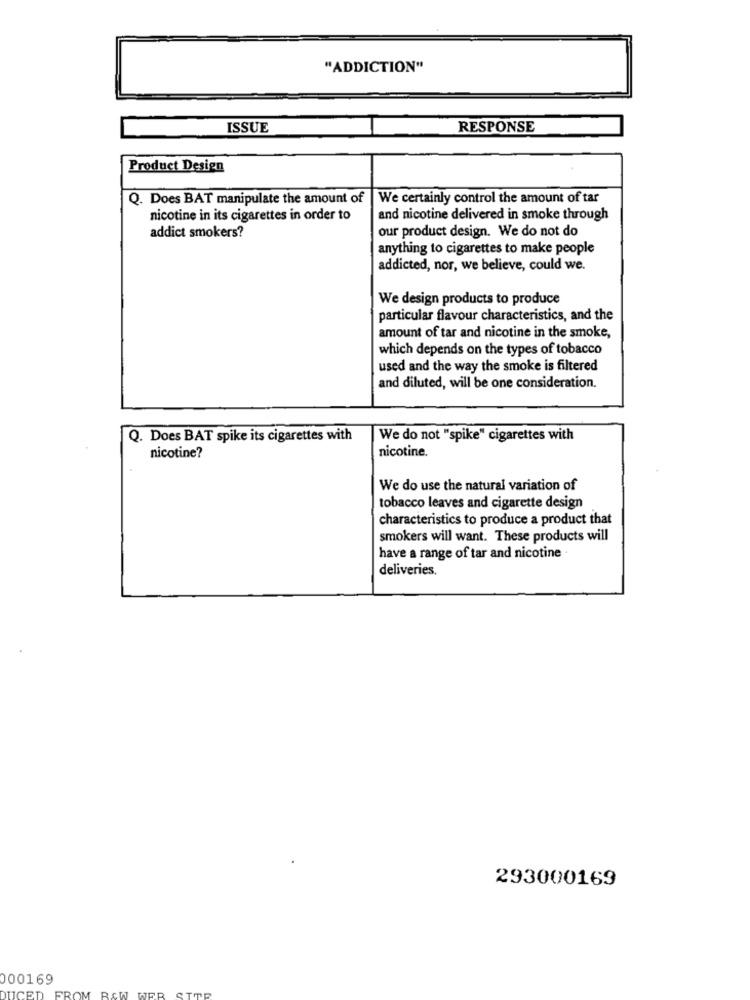
"ADDICTION"
ISSUE
RESPONSE
Product Design
Q. Does BAT manipulate the amount of
We certainly control the amount of tar
nicotine in its cigarettes in order to
and nicotine delivered in smoke through
our product design. We do not do
addict smokers?
anything to cigarettes to make people
addicted, nor, we believe, could we.
We design products to produce
particular flavour characteristics, and the
amount of tar and nicotine in the smoke,
which depends on the types of tobacco
used and the way the smoke is filtered
and diluted, will be one consideration.
Q. Does BAT spike its cigarettes with
We do not "spike" cigarettes with
nicotine.
nicotine?
We do use the natural variation of
tobacco leaves and cigarette design
characteristics to produce a product that
smokers will want. These products will
have a range of tar and nicotine
deliveries.
293000169
000169
DUCED
FROM RAW